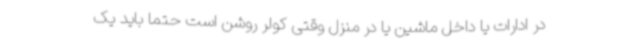
در ادارات یا داخل ماشین یا در منزل وقتی کولر روشن است حتماً باید یک